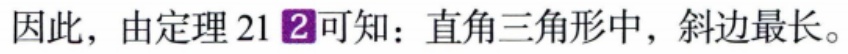
因此，由定理21\textcircled{2}可知：直角三角形中，斜边最长。